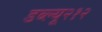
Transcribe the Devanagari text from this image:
डब्ल्यू२१२